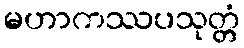
မဟာကဿပသုတ္တံ